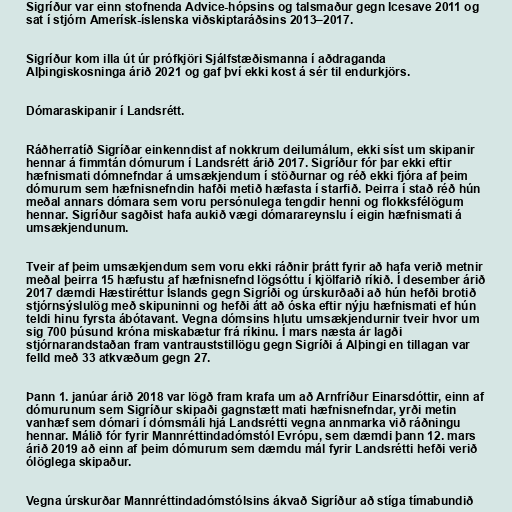
Sigríður var einn stofnenda Advice-hópsins og talsmaður gegn Icesave 2011 og
sat í stjórn Amerísk-íslenska viðskiptaráðsins 2013–2017.

Sigríður kom illa út úr prófkjöri Sjálfstæðismanna í aðdraganda
Alþingiskosninga árið 2021 og gaf því ekki kost á sér til endurkjörs.

Dómaraskipanir í Landsrétt.

Ráðherratíð Sigríðar einkenndist af nokkrum deilumálum, ekki síst um skipanir
hennar á fimmtán dómurum í Landsrétt árið 2017. Sigríður fór þar ekki eftir
hæfnismati dómnefndar á umsækjendum í stöðurnar og réð ekki fjóra af þeim
dómurum sem hæfnisnefndin hafði metið hæfasta í starfið. Þeirra í stað réð hún
meðal annars dómara sem voru persónulega tengdir henni og flokksfélögum
hennar. Sigríður sagðist hafa aukið vægi dómarareynslu í eigin hæfnismati á
umsækjendunum.

Tveir af þeim umsækjendum sem voru ekki ráðnir þrátt fyrir að hafa verið metnir
meðal þeirra 15 hæfustu af hæfnisnefnd lögsóttu í kjölfarið ríkið. Í desember árið
2017 dæmdi Hæstiréttur Íslands gegn Sigríði og úrskurðaði að hún hefði brotið
stjórnsýslulög með skipuninni og hefði átt að óska eftir nýju hæfnismati ef hún
teldi hinu fyrsta ábótavant. Vegna dómsins hlutu umsækjendurnir tveir hvor um
sig 700 þúsund króna miskabætur frá ríkinu. Í mars næsta ár lagði
stjórnarandstaðan fram vantrauststillögu gegn Sigríði á Alþingi en tillagan var
felld með 33 atkvæðum gegn 27.

Þann 1. janúar árið 2018 var lögð fram krafa um að Arnfríður Einarsdóttir, einn af
dómurunum sem Sigríður skipaði gagnstætt mati hæfnisnefndar, yrði metin
vanhæf sem dómari í dómsmáli hjá Landsrétti vegna annmarka við ráðningu
hennar. Málið fór fyrir Mannréttindadómstól Evrópu, sem dæmdi þann 12. mars
árið 2019 að einn af þeim dómurum sem dæmdu mál fyrir Landsrétti hefði verið
ólöglega skipaður.

Vegna úrskurðar Mannréttindadómstólsins ákvað Sigríður að stíga tímabundið